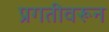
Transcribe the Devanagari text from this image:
प्रगतीवरून